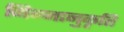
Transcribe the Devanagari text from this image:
निम्नानुकृति